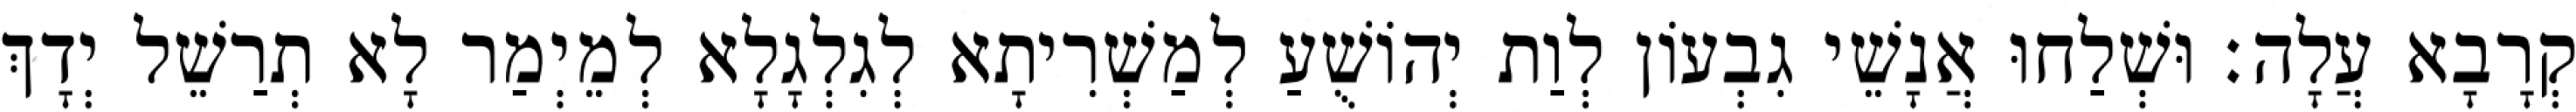
קְרָבָא עֲלָה׃ וּשְׁלַחוּ אֲנָשֵׁי גִבְעוֹן לְוַת יְהוֹשֻׁעַ לְמַשְׁרִיתָא לְגִלְגָלָא לְמֵיְמַר לָא תְרַשֵׁל יְדָךְ